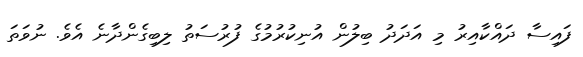
ފައިސާ ދައްކާއިރު މި އަދަދު ބިލުން އުނިކުރުމުގެ ފުރުސަތު ލިބިގެންދާނެ އެވެ. ނުވަތަ